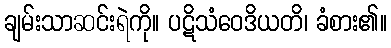
ချမ်းသာဆင်းရဲကို။ ပဋိသံဝေဒိယတိ၊ ခံစား၏။